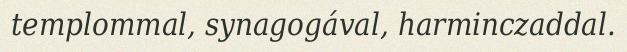
templommal, synagogával, harminczaddal.